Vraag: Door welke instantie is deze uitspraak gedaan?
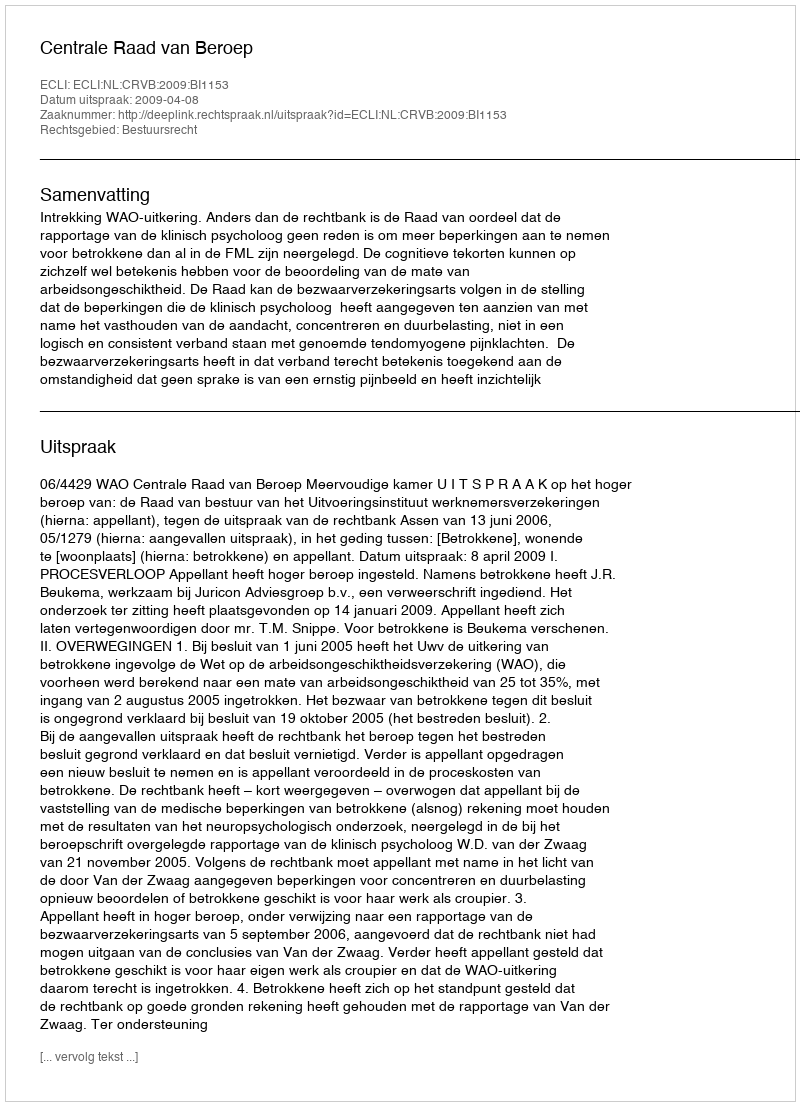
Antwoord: Centrale Raad van Beroep